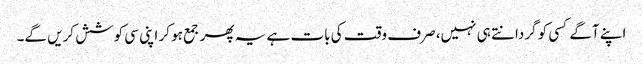
اپنے آگے کسی کو گردانتے ہی نہیں، صرف وقت کی بات ہے یہ پھر جمع ہو کر اپنی سی کوشش کریں گے۔